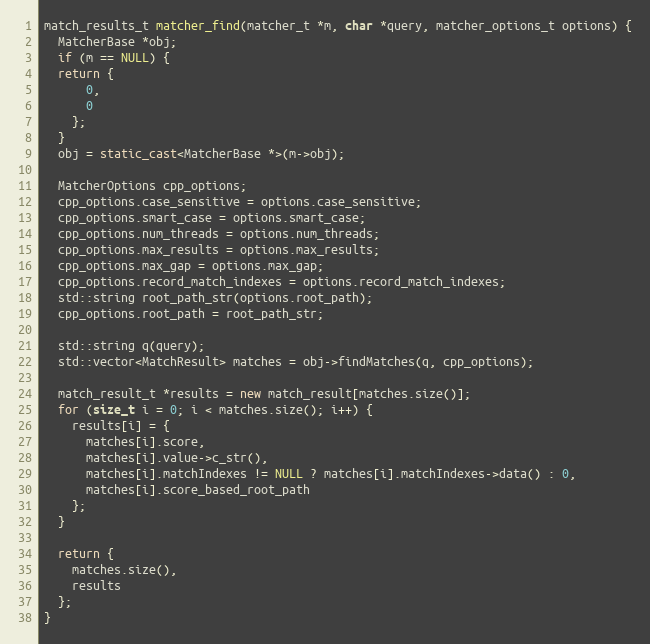
Language: C++
match_results_t matcher_find(matcher_t *m, char *query, matcher_options_t options) {
  MatcherBase *obj;
  if (m == NULL) {
  return {
      0,
      0
    };
  }
  obj = static_cast<MatcherBase *>(m->obj);

  MatcherOptions cpp_options;
  cpp_options.case_sensitive = options.case_sensitive;
  cpp_options.smart_case = options.smart_case;
  cpp_options.num_threads = options.num_threads;
  cpp_options.max_results = options.max_results;
  cpp_options.max_gap = options.max_gap;
  cpp_options.record_match_indexes = options.record_match_indexes;
  std::string root_path_str(options.root_path);
  cpp_options.root_path = root_path_str;

  std::string q(query);
  std::vector<MatchResult> matches = obj->findMatches(q, cpp_options);

  match_result_t *results = new match_result[matches.size()];
  for (size_t i = 0; i < matches.size(); i++) {
    results[i] = {
      matches[i].score,
      matches[i].value->c_str(),
      matches[i].matchIndexes != NULL ? matches[i].matchIndexes->data() : 0,
      matches[i].score_based_root_path
    };
  }

  return {
    matches.size(),
    results
  };
}